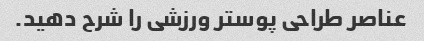
عناصر طراحی پوستر ورزشی را شرح دهید.